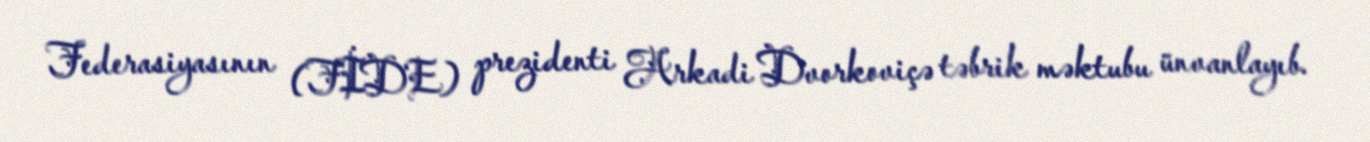
Federasiyasının (FİDE) prezidenti Arkadi Dvorkoviçə təbrik məktubu ünvanlayıb.